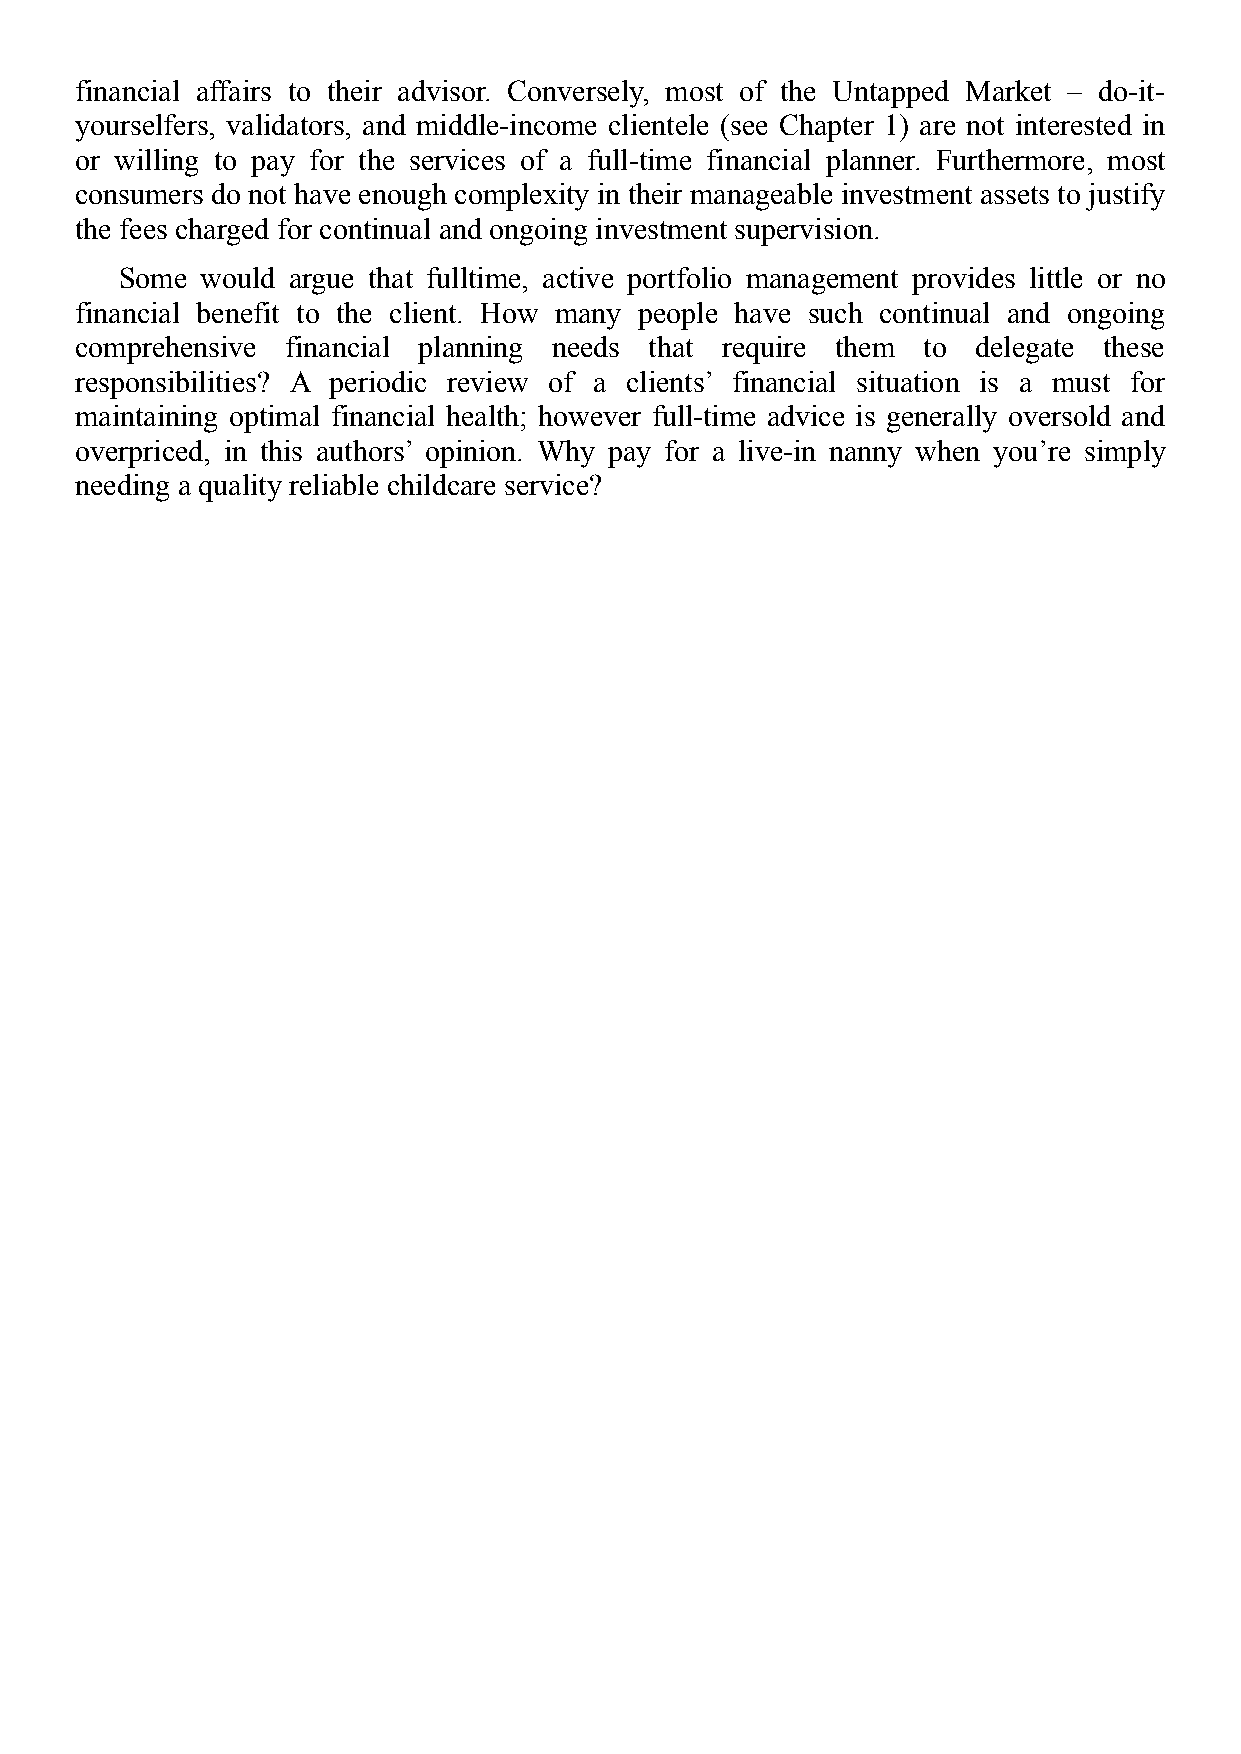
financial affairs to their advisor. Conversely, most of the Untapped Market – do-it-
 yourselfers, validators, and middle-income clientele (see Chapter 1) are not interested in
 or willing to pay for the services of a full-time financial planner. Furthermore, most
 consumers do not have enough complexity in their manageable investment assets to justify
 the fees charged for continual and ongoing investment supervision.
 Some would argue that fulltime, active portfolio management provides little or no
 financial benefit to the client. How many people have such continual and ongoing
 comprehensive financial planning needs that require them to delegate these
 responsibilities? A periodic review of a clients’ financial situation is a must for
 maintaining optimal financial health; however full-time advice is generally oversold and
 overpriced, in this authors’ opinion. Why pay for a live-in nanny when you’re simply
 needing a quality reliable childcare service?